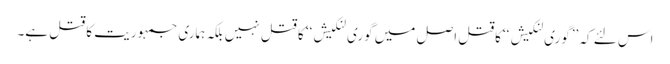
اس لئے کہ ’’گوری لنکیش ‘‘کاقتل اصل میں گوری لنکیش‘‘ کا قتل نہیں بلکہ ہماری جمہوریت کا قتل ہے۔